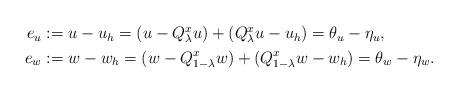
LaTeX: \begin{align*}\begin{aligned}e_u &:= u - u_h = (u - Q^x_\lambda u) + (Q^x_\lambda u - u_h) = \theta_u - \eta_u,\\e_w &:= w - w_h = (w - Q^x_{1 - \lambda} w) + (Q^x_{1 - \lambda}w - w_h) = \theta_w - \eta_w.\end{aligned}\end{align*}